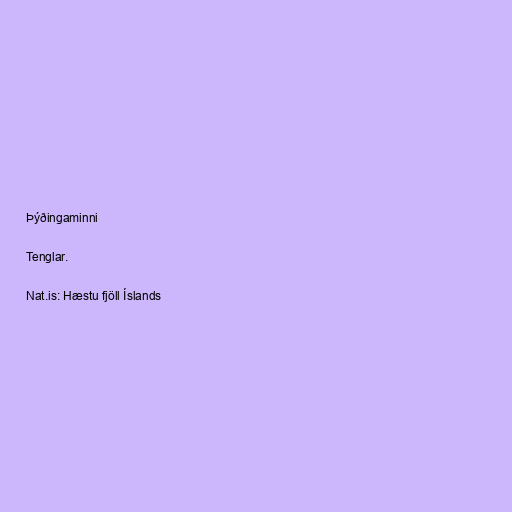
Þýðingaminni

Tenglar.

Nat.is: Hæstu fjöll Íslands